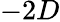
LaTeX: -2D